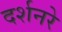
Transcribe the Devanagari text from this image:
दर्शनरे